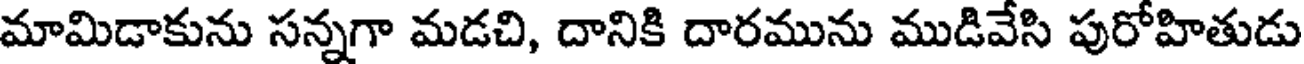
మామిడాకును సన్నగా మడచి, దానికి దారమును ముడివేసి పురోహితుడు